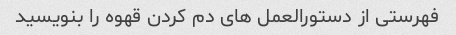
فهرستی از دستورالعمل های دم کردن قهوه را بنویسید